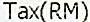
TAX(RM)